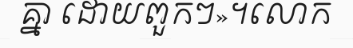
គ្នា ដោយពួកៗ»។លោក